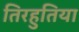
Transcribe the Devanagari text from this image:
तिरहुतिया